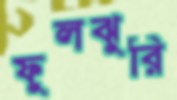
ফুলঝুরি